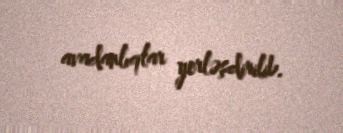
avadanlıqlar yerləşdirilib.